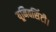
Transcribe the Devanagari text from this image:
यूनिवर्सिटी।